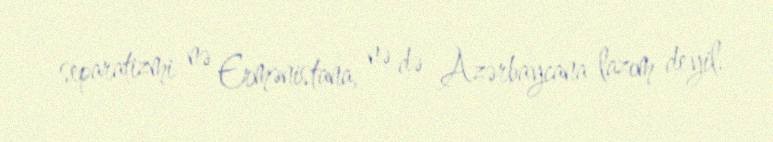
separatizmi nə Ermənistana, nə də Azərbaycana lazım deyil.